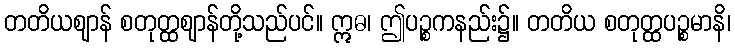
တတိယဈာန် စတုတ္ထဈာန်တို့သည်ပင်။ ဣဓ၊ ဤပဉ္စကနည်း၌။ တတိယ စတုတ္ထပဉ္စမာနိ၊